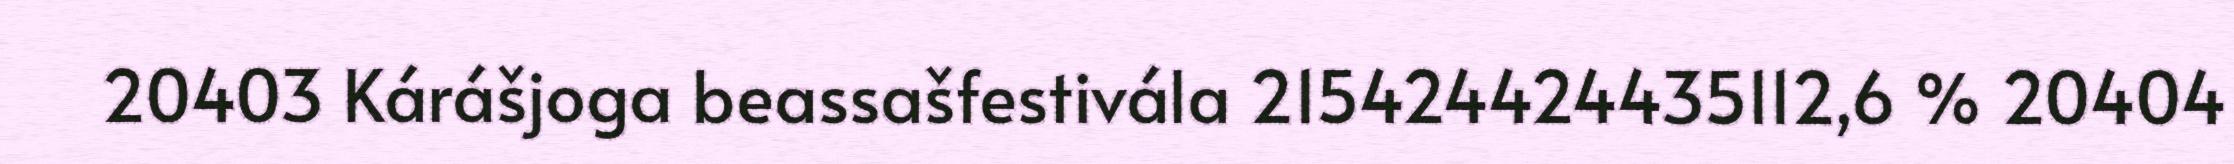
20403 Kárášjoga beassašfestivála 215424424435112,6 % 20404